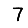
Digit: 7